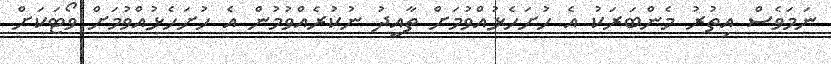
ނަމަވެސް އިތުރު މެންބަރަކު އެ ހުށަހެޅުއްވުމަށް ތާއީދު ނުކުރެއްވުމުން އެ ހުށަހެޅުއްވުމަށް ވޯޓަކަށް